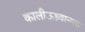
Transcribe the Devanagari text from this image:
कालीऊध्र्वान्वय